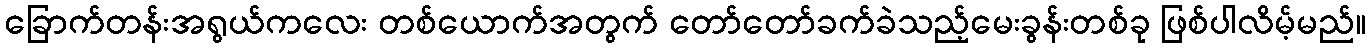
ခြောက်တန်းအရွယ်ကလေး တစ်ယောက်အတွက် တော်တော်ခက်ခဲသည့်မေးခွန်းတစ်ခု ဖြစ်ပါလိမ့်မည်။